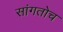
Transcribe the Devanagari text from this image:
सांगतोच